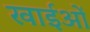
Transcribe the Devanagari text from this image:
खाईओं